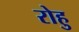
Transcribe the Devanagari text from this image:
रोहु